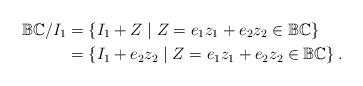
LaTeX: \begin{align*} \mathbb {BC}/I_1&=\left\{ I_1+Z\;|\;Z=e_1z_1+e_2z_2\in \mathbb {BC}\right\}\\ &=\left\{ I_1+e_2z_2\;|\;Z=e_1z_1+e_2z_2\in \mathbb {BC}\right\}. \end{align*}